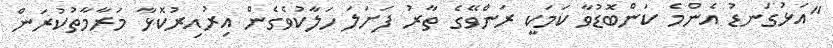
"އަޅުގަނޑު އެންމެ ކަންބޮޑުވާ ކަމަކީ ރަންވޭގެ ތާރު ފަށަލަ ހަލާކުވެގެން އިރުއިރުކޮޅާ މަރާމާތުކުރަން